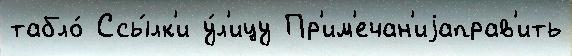
табло́ Ссы́лк'и у́л'ицу Пр'им'ечан'иjаправ'ить